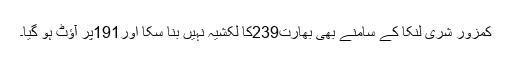
کمزور شری لنکا کے سامنے بھی بھارت239کا لکشیہ نہیں بنا سکا اور191پر آؤٹ ہو گیا۔